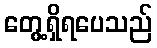
တွေ့ရှိရပေသည်